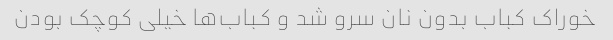
خوراک کباب بدون نان سرو شد و کباب‌ها خیلی کوچک بودن